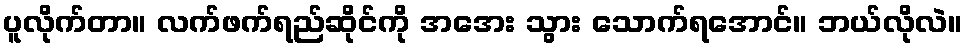
ပူလိုက်တာ။ လက်ဖက်ရည်ဆိုင်ကို အအေး သွား သောက်ရအောင်။ ဘယ်လိုလဲ။